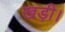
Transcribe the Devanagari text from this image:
खड़ी।